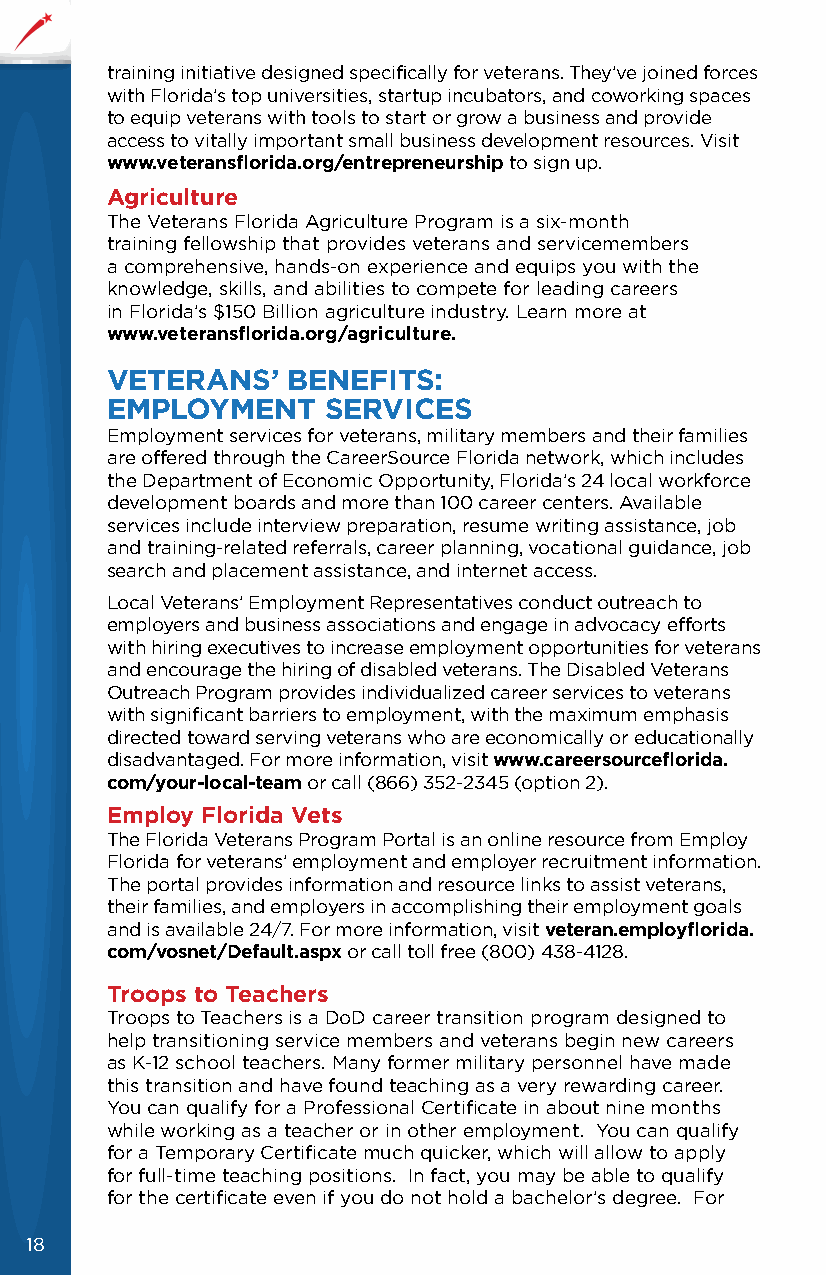
training initiative designed specifically for veterans. They’ve joined forces
 with Florida’s top universities, startup incubators, and coworking spaces
 to equip veterans with tools to start or grow a business and provide
 access to vitally important small business development resources. Visit
 www.veteransflorida.org/entrepreneurship to sign up.
 Agriculture
 The Veterans Florida Agriculture Program is a six-month
 training fellowship that provides veterans and servicemembers
 a comprehensive, hands-on experience and equips you with the
 knowledge, skills, and abilities to compete for leading careers
 in Florida’s $150 Billion agriculture industry. Learn more at
 www.veteransflorida.org/agriculture.
 VETERANS’   BENEFITS:
 EMPLOYMENT    SERVICES
 Employment services for veterans, military members and their families
 are offered through the CareerSource Florida network, which includes
 the Department of Economic Opportunity, Florida’s 24 local workforce
 development boards and more than 100 career centers. Available
 services include interview preparation, resume writing assistance, job
 and training-related referrals, career planning, vocational guidance, job
 search and placement assistance, and internet access.
 Local Veterans’ Employment Representatives conduct outreach to
 employers and business associations and engage in advocacy efforts
 with hiring executives to increase employment opportunities for veterans
 and encourage the hiring of disabled veterans. The Disabled Veterans
 Outreach Program provides individualized career services to veterans
 with significant barriers to employment, with the maximum emphasis
 directed toward serving veterans who are economically or educationally
 disadvantaged. For more information, visit www.careersourceflorida.
 com/your-local-team or call (866) 352-2345 (option 2).
 Employ Florida Vets
 The Florida Veterans Program Portal is an online resource from Employ
 Florida for veterans’ employment and employer recruitment information.
 The portal provides information and resource links to assist veterans,
 their families, and employers in accomplishing their employment goals
 and is available 24/7. For more information, visit veteran.employflorida.
 com/vosnet/Default.aspx or call toll free (800) 438-4128.
 Troops to Teachers
 Troops to Teachers is a DoD career transition program designed to
 help transitioning service members and veterans begin new careers
 as K-12 school teachers. Many former military personnel have made
 this transition and have found teaching as a very rewarding career.
 You can qualify for a Professional Certificate in about nine months
 while working as a teacher or in other employment. You can qualify
 for a Temporary Certificate much quicker, which will allow to apply
 for full-time teaching positions. In fact, you may be able to qualify
 for the certificate even if you do not hold a bachelor’s degree. For
 18